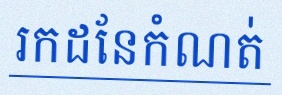
រកដែនកំណត់